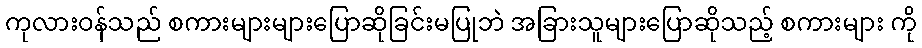
ကုလားဝန်သည် စကားများများပြောဆိုခြင်းမပြုဘဲ အခြားသူများပြောဆိုသည့် စကားများ ကို